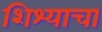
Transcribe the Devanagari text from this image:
शिश्याचा